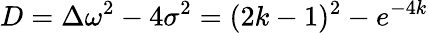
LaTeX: D=\Delta\omega^{2}-4\sigma^{2}=(2k-1)^{2}-e^{-4k}